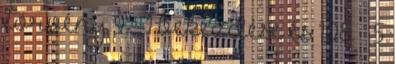
törvény 9. § 1 bekezdése és 108. § 5